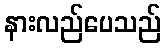
နားလည်ပေသည်